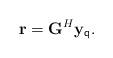
LaTeX: \begin{align*}{\bf{r}} = {{\bf{G}}^H}{{\bf{y}}_{\sf q}}.\end{align*}